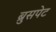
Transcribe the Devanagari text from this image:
ब्रुसपेट